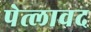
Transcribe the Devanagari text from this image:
पेत्लावद